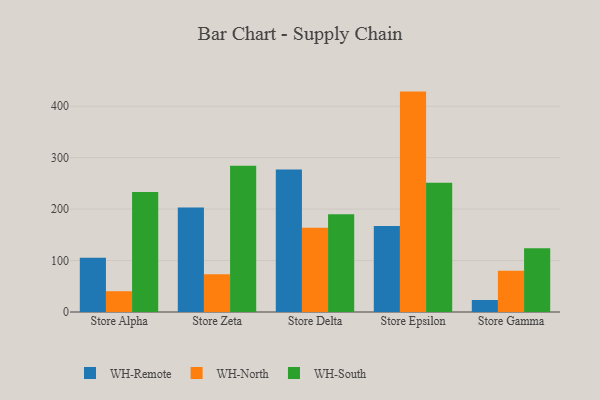
{"axis": {"x": "Store", "y": "Revenue (USD Million)"}, "legend": ["WH-North", "WH-Remote", "WH-South"], "data": [{"x": "Store Alpha", "y": 105.5, "type": "WH-Remote"}, {"x": "Store Alpha", "y": 40.4, "type": "WH-North"}, {"x": "Store Alpha", "y": 233.3, "type": "WH-South"}, {"x": "Store Zeta", "y": 203.0, "type": "WH-Remote"}, {"x": "Store Zeta", "y": 73.2, "type": "WH-North"}, {"x": "Store Zeta", "y": 284.3, "type": "WH-South"}, {"x": "Store Delta", "y": 276.8, "type": "WH-Remote"}, {"x": "Store Delta", "y": 163.9, "type": "WH-North"}, {"x": "Store Delta", "y": 190.0, "type": "WH-South"}, {"x": "Store Epsilon", "y": 167.4, "type": "WH-Remote"}, {"x": "Store Epsilon", "y": 428.4, "type": "WH-North"}, {"x": "Store Epsilon", "y": 251.1, "type": "WH-South"}, {"x": "Store Gamma", "y": 23.3, "type": "WH-Remote"}, {"x": "Store Gamma", "y": 80.3, "type": "WH-North"}, {"x": "Store Gamma", "y": 123.8, "type": "WH-South"}]}